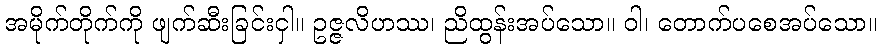
အမိုက်တိုက်ကို ဖျက်ဆီးခြင်းငှါ။ ဥဇ္ဇလိဟဿ၊ ညိထွန်းအပ်သော။ ဝါ၊ တောက်ပစေအပ်သော။